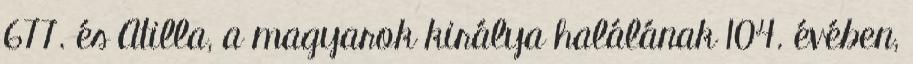
677. és Atilla, a magyarok királya halálának 104. évében,